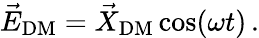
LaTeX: \vec{E}_{\mathrm{DM}}=\vec{X}_{\mathrm{DM}}\cos(\omega t)\, .